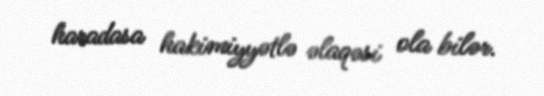
haradasa hakimiyyətlə əlaqəsi ola bilər.